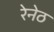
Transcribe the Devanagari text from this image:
रेनेठ